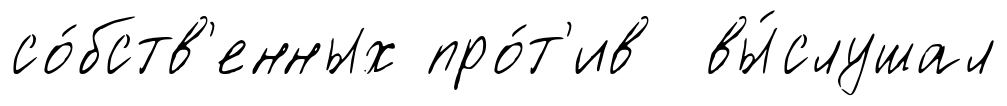
со́бств'енных про́т'ив вы́слушал